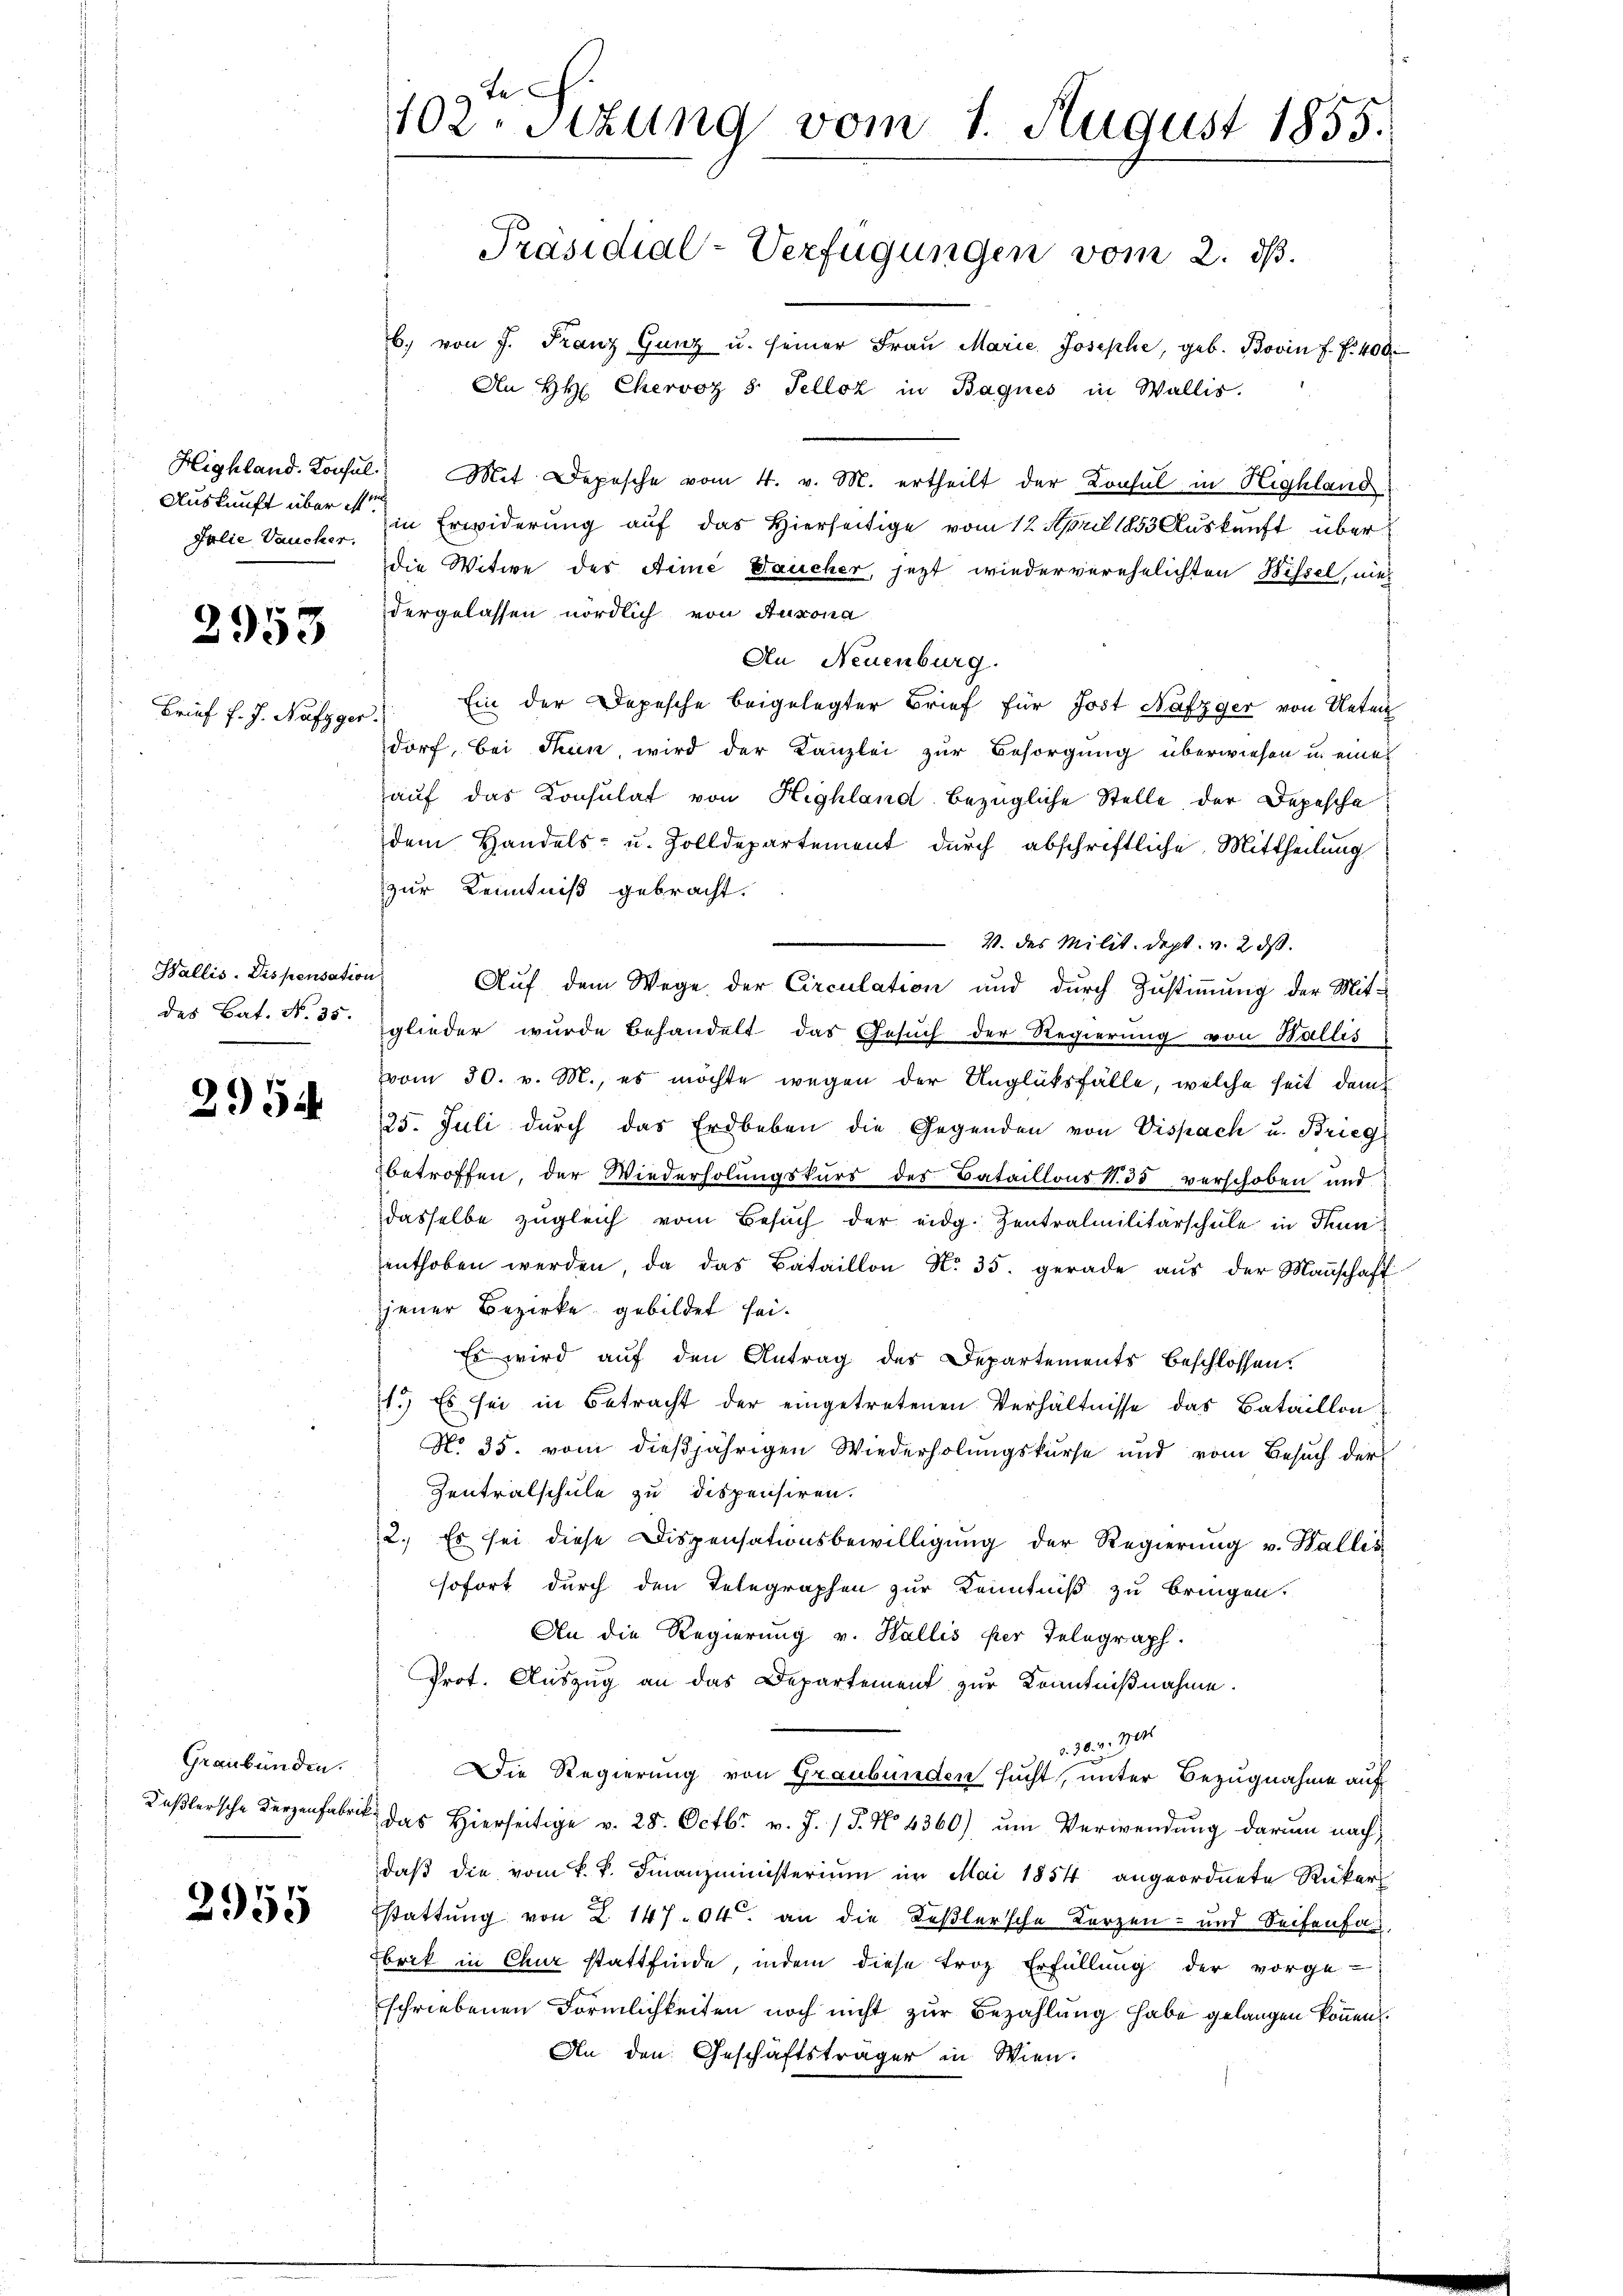
Jolie Vaucker,

2953

Brief f. J. Näfzger.

Wallis. Dispensation

2954

Graubünden.

2955

te
102. Sitzung vom 1. August 1855.
Präsidial-Verfügungen vom 2. ds.

b. von J. Franz Gunz u. seiner Fraŭ Marie Josephe, geb. Bovin f. f. 400.
An Hr. Chervor 8 Telloz in Bagnes in Wallis.
Highland. Konsul Mit Depesche vom 4. v. M. ertheilt der Konsul in Highland
Auskunft über es in Erwiderung auf das Hierseitige vom 12. April 1853 Auskunft über
die Witwe des Aimé Daucher, jezt wiederverehelichten Wissel, nie
dergelassen nördlich von Auxona
An Neuenburg.
Ein der Depesche beigelegter Brief für Jost Nafzger von Unter
dorf, bei Thun wird der Kanzlei zur Besorgung überwiesen in eine
auf das Konsulat von Highland bezügliche Stelle der Depesche
dem Handels- u. Zolldepartement durch abschriftliche Mittheilung
zur Kenntniß gebracht.
V. des Milit. Sept. v. 2. ds.
Auf dem Wege der Circulation und durch Zustimmung der Mit-
des Bat. N. 30 glieder wurde behandelt das Gesŭch der Regierung von Wallis
vom 30. v. M., es möchte wegen der Unglüksfälle, welche seit dem
125. Juli durch das Erdbeben die Gegenden von Vispach u. Brieg
betroffen, der Wiederholungskurs des Bataillons S. 35 verschoben und
dasselbe zugleich vom Besuch der eidg. Zentralmilitärschule in Thun
enthoben werden, da das Bataillon No. 35. gerade aŭs der Maṅschaff-
jener Bezirke gebildet sei.
Es wird auf den Antrag des Departements beschlossen.
1.) Es sei in Betracht der eingetretenen Verhältnisse das Bataillon
No 35. vom dießjährigen Wiederholungskurse und vom Besuch der
Zentralschule zu dispensiren.
2. Es sei diese Dispensationsbewilligung der Regierung v. Wallis
sofort durch den Telegraphen zur Kenntniß zu bringen.
An die Regierung v. Wallis per Telegraph
Prot. Auszug an das Departement zur Kenntnißnahme.
354. 701.
Die Regierung von Graubünden sucht, unter Bezugnahme auf
Kaßlersche Verzenfabrik das Hierseitige v. 28. Octbr. v. J. P. No 4360) um Verwendung darum nach
daβ die vom k. k. Finanzministerium im Mai 1854 angeordnete Rüker
stattung von Z 14704. an die Keßlersche Kerzen- und Seifenfas,
brik in Chur stattfinde, indem diese Froz Erfüllung der vorge-
schriebenen Förmlichkeiten noch nicht zur Bezahlung habe gelangen können.
An den Geschäftsträger in Wien.